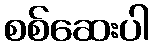
စစ်ဆေးပါ